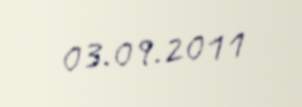
03.09.2011